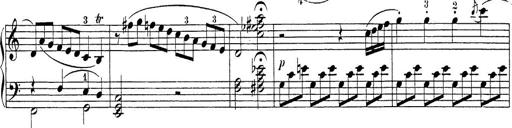
Title: Sonatina Album
Composer: Louis KÃ¶hler